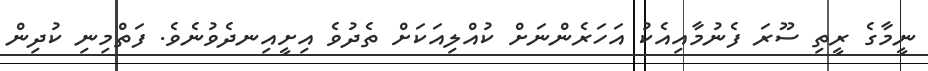
ނީމާގެ ރީތި ސޫރަ ފެނުމާއިއެކު އަހަރެންނަށް ކުއްލިއަކަށް ތެދުވެ އިށީއިނދެވުނެވެ. ފަތްމިނި ކުދިން